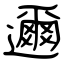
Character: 邇